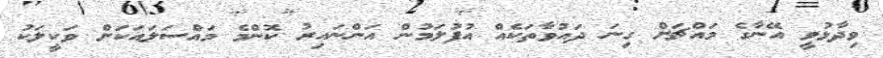
ވިދާޅުވީ އޭނާގެ މައްޗަށް ގިނަ ދައުވާތަކެއް އުފުލަމުން އަންނައިރު ކޮންމެ މައްސަލައަކަށް ވަކީލަކު